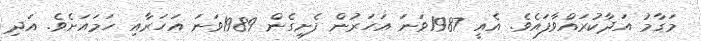
މަގާމު އަދާކުރައްވާފައެވެ. އެއީ 1987ވަނަ އަހަރުން ފެށިގެން 1989ވަނަ އަހަރާއި ހަމައަށެވެ. އަދި